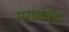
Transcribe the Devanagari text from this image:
स्पर्धावीर